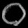
Digit: ၀